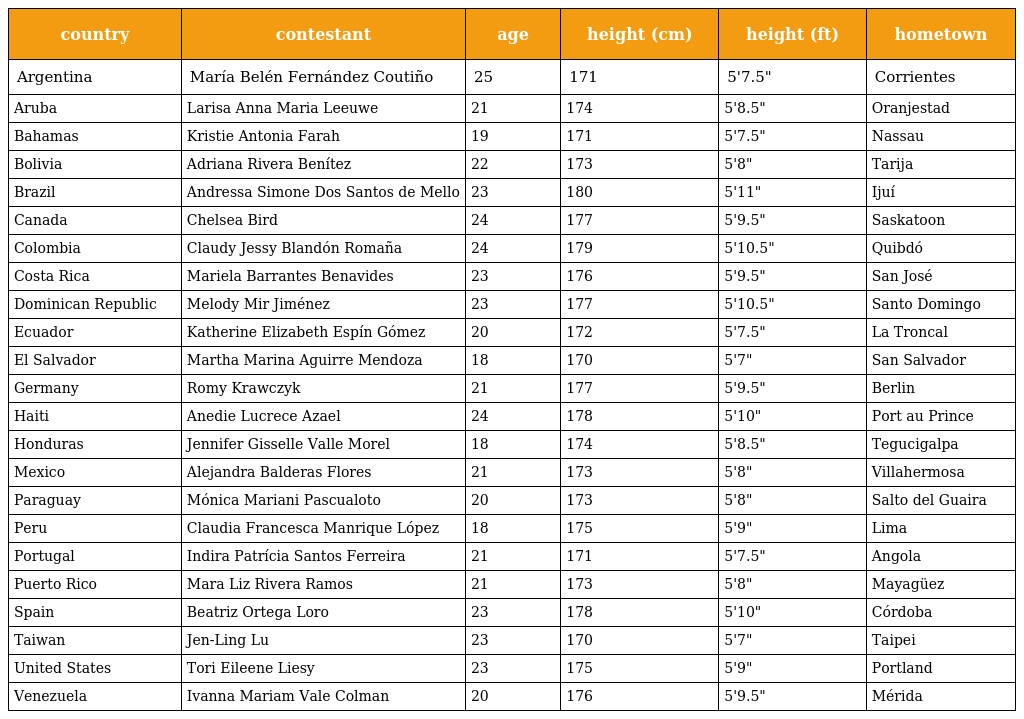
| country | contestant | age | height (cm) | height (ft) | hometown |
 | --- | --- | --- | --- | --- | --- |
 | Argentina | María Belén Fernández Coutiño | 25 | 171 | 5'7.5" | Corrientes |
 | Aruba | Larisa Anna Maria Leeuwe | 21 | 174 | 5'8.5" | Oranjestad |
 | Bahamas | Kristie Antonia Farah | 19 | 171 | 5'7.5" | Nassau |
 | Bolivia | Adriana Rivera Benítez | 22 | 173 | 5'8" | Tarija |
 | Brazil | Andressa Simone Dos Santos de Mello | 23 | 180 | 5'11" | Ijuí |
 | Canada | Chelsea Bird | 24 | 177 | 5'9.5" | Saskatoon |
 | Colombia | Claudy Jessy Blandón Romaña | 24 | 179 | 5'10.5" | Quibdó |
 | Costa Rica | Mariela Barrantes Benavides | 23 | 176 | 5'9.5" | San José |
 | Dominican Republic | Melody Mir Jiménez | 23 | 177 | 5'10.5" | Santo Domingo |
 | Ecuador | Katherine Elizabeth Espín Gómez | 20 | 172 | 5'7.5" | La Troncal |
 | El Salvador | Martha Marina Aguirre Mendoza | 18 | 170 | 5'7" | San Salvador |
 | Germany | Romy Krawczyk | 21 | 177 | 5'9.5" | Berlin |
 | Haiti | Anedie Lucrece Azael | 24 | 178 | 5'10" | Port au Prince |
 | Honduras | Jennifer Gisselle Valle Morel | 18 | 174 | 5'8.5" | Tegucigalpa |
 | Mexico | Alejandra Balderas Flores | 21 | 173 | 5'8" | Villahermosa |
 | Paraguay | Mónica Mariani Pascualoto | 20 | 173 | 5'8" | Salto del Guaira |
 | Peru | Claudia Francesca Manrique López | 18 | 175 | 5'9" | Lima |
 | Portugal | Indira Patrícia Santos Ferreira | 21 | 171 | 5'7.5" | Angola |
 | Puerto Rico | Mara Liz Rivera Ramos | 21 | 173 | 5'8" | Mayagüez |
 | Spain | Beatriz Ortega Loro | 23 | 178 | 5'10" | Córdoba |
 | Taiwan | Jen-Ling Lu | 23 | 170 | 5'7" | Taipei |
 | United States | Tori Eileene Liesy | 23 | 175 | 5'9" | Portland |
 | Venezuela | Ivanna Mariam Vale Colman | 20 | 176 | 5'9.5" | Mérida |